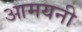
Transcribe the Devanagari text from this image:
आमयनी